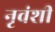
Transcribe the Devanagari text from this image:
नृवंशी